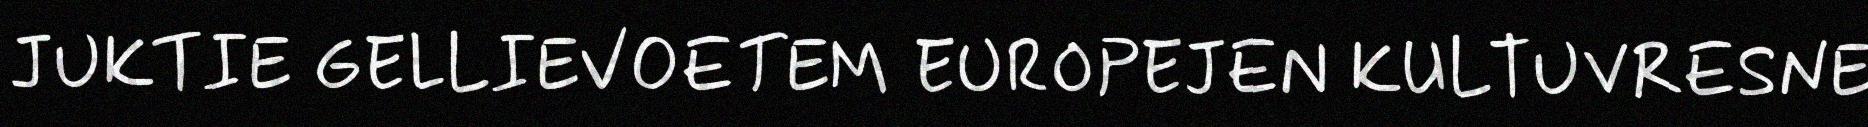
JUKTIE GELLIEVOETEM EUROPEJEN KULTUVRESNE